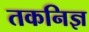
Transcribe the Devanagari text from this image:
तकनिज्ञ